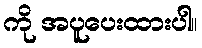
ကို အပူပေးထားပါ။